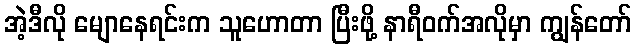
အဲ့ဒီလို မျောနေရင်းက သူဟောတာ ပြီးဖို့ နာရီဝက်အလိုမှာ ကျွန်တော်